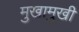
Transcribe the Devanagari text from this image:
मुखामुखी